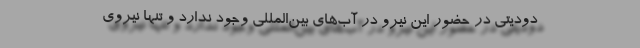
دودیتی در حضور این نیرو در آب‌های بین‌المللی وجود ندارد و تنها نیروی